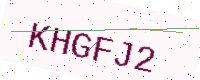
Text: KHGFJ2